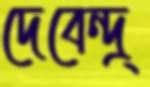
দেবেন্দ্র্